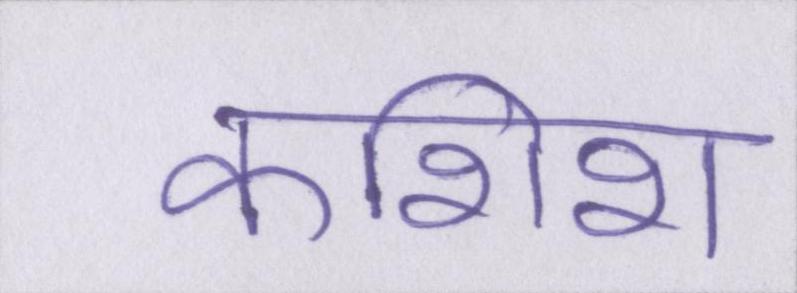
कशिश